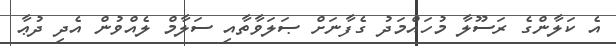
އެ ކަލާންގެ ރަސޫލާ މުހައްމަދު ގެފާނަށް ޞަލަވާތާއި ސަލާމް ލެއްވުން އެދި ދުޢާ